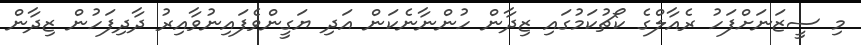
މި ސީޒަނަށްފަހު ރެއާލްގެ ކޯޗުކަމުގައި ޒިދާން ހުންނާނެކަން އަދި ޔަގީންވެފައިނުވާއިރު ދާދިފަހުން ޒިދާން